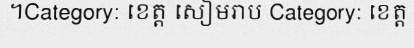
។Category: ខេត្ត សៀមរាប Category: ខេត្ត